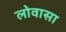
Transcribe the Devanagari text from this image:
लोवासा